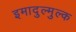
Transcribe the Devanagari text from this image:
इमादुल्मुल्क